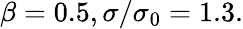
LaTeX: \beta=0.5,\sigma/\sigma_{0}=1.3.